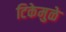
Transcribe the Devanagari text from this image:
टिकेमुळे